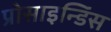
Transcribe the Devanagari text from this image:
प्रोसाइन्डिंस